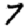
Digit: 7